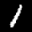
Label: 1